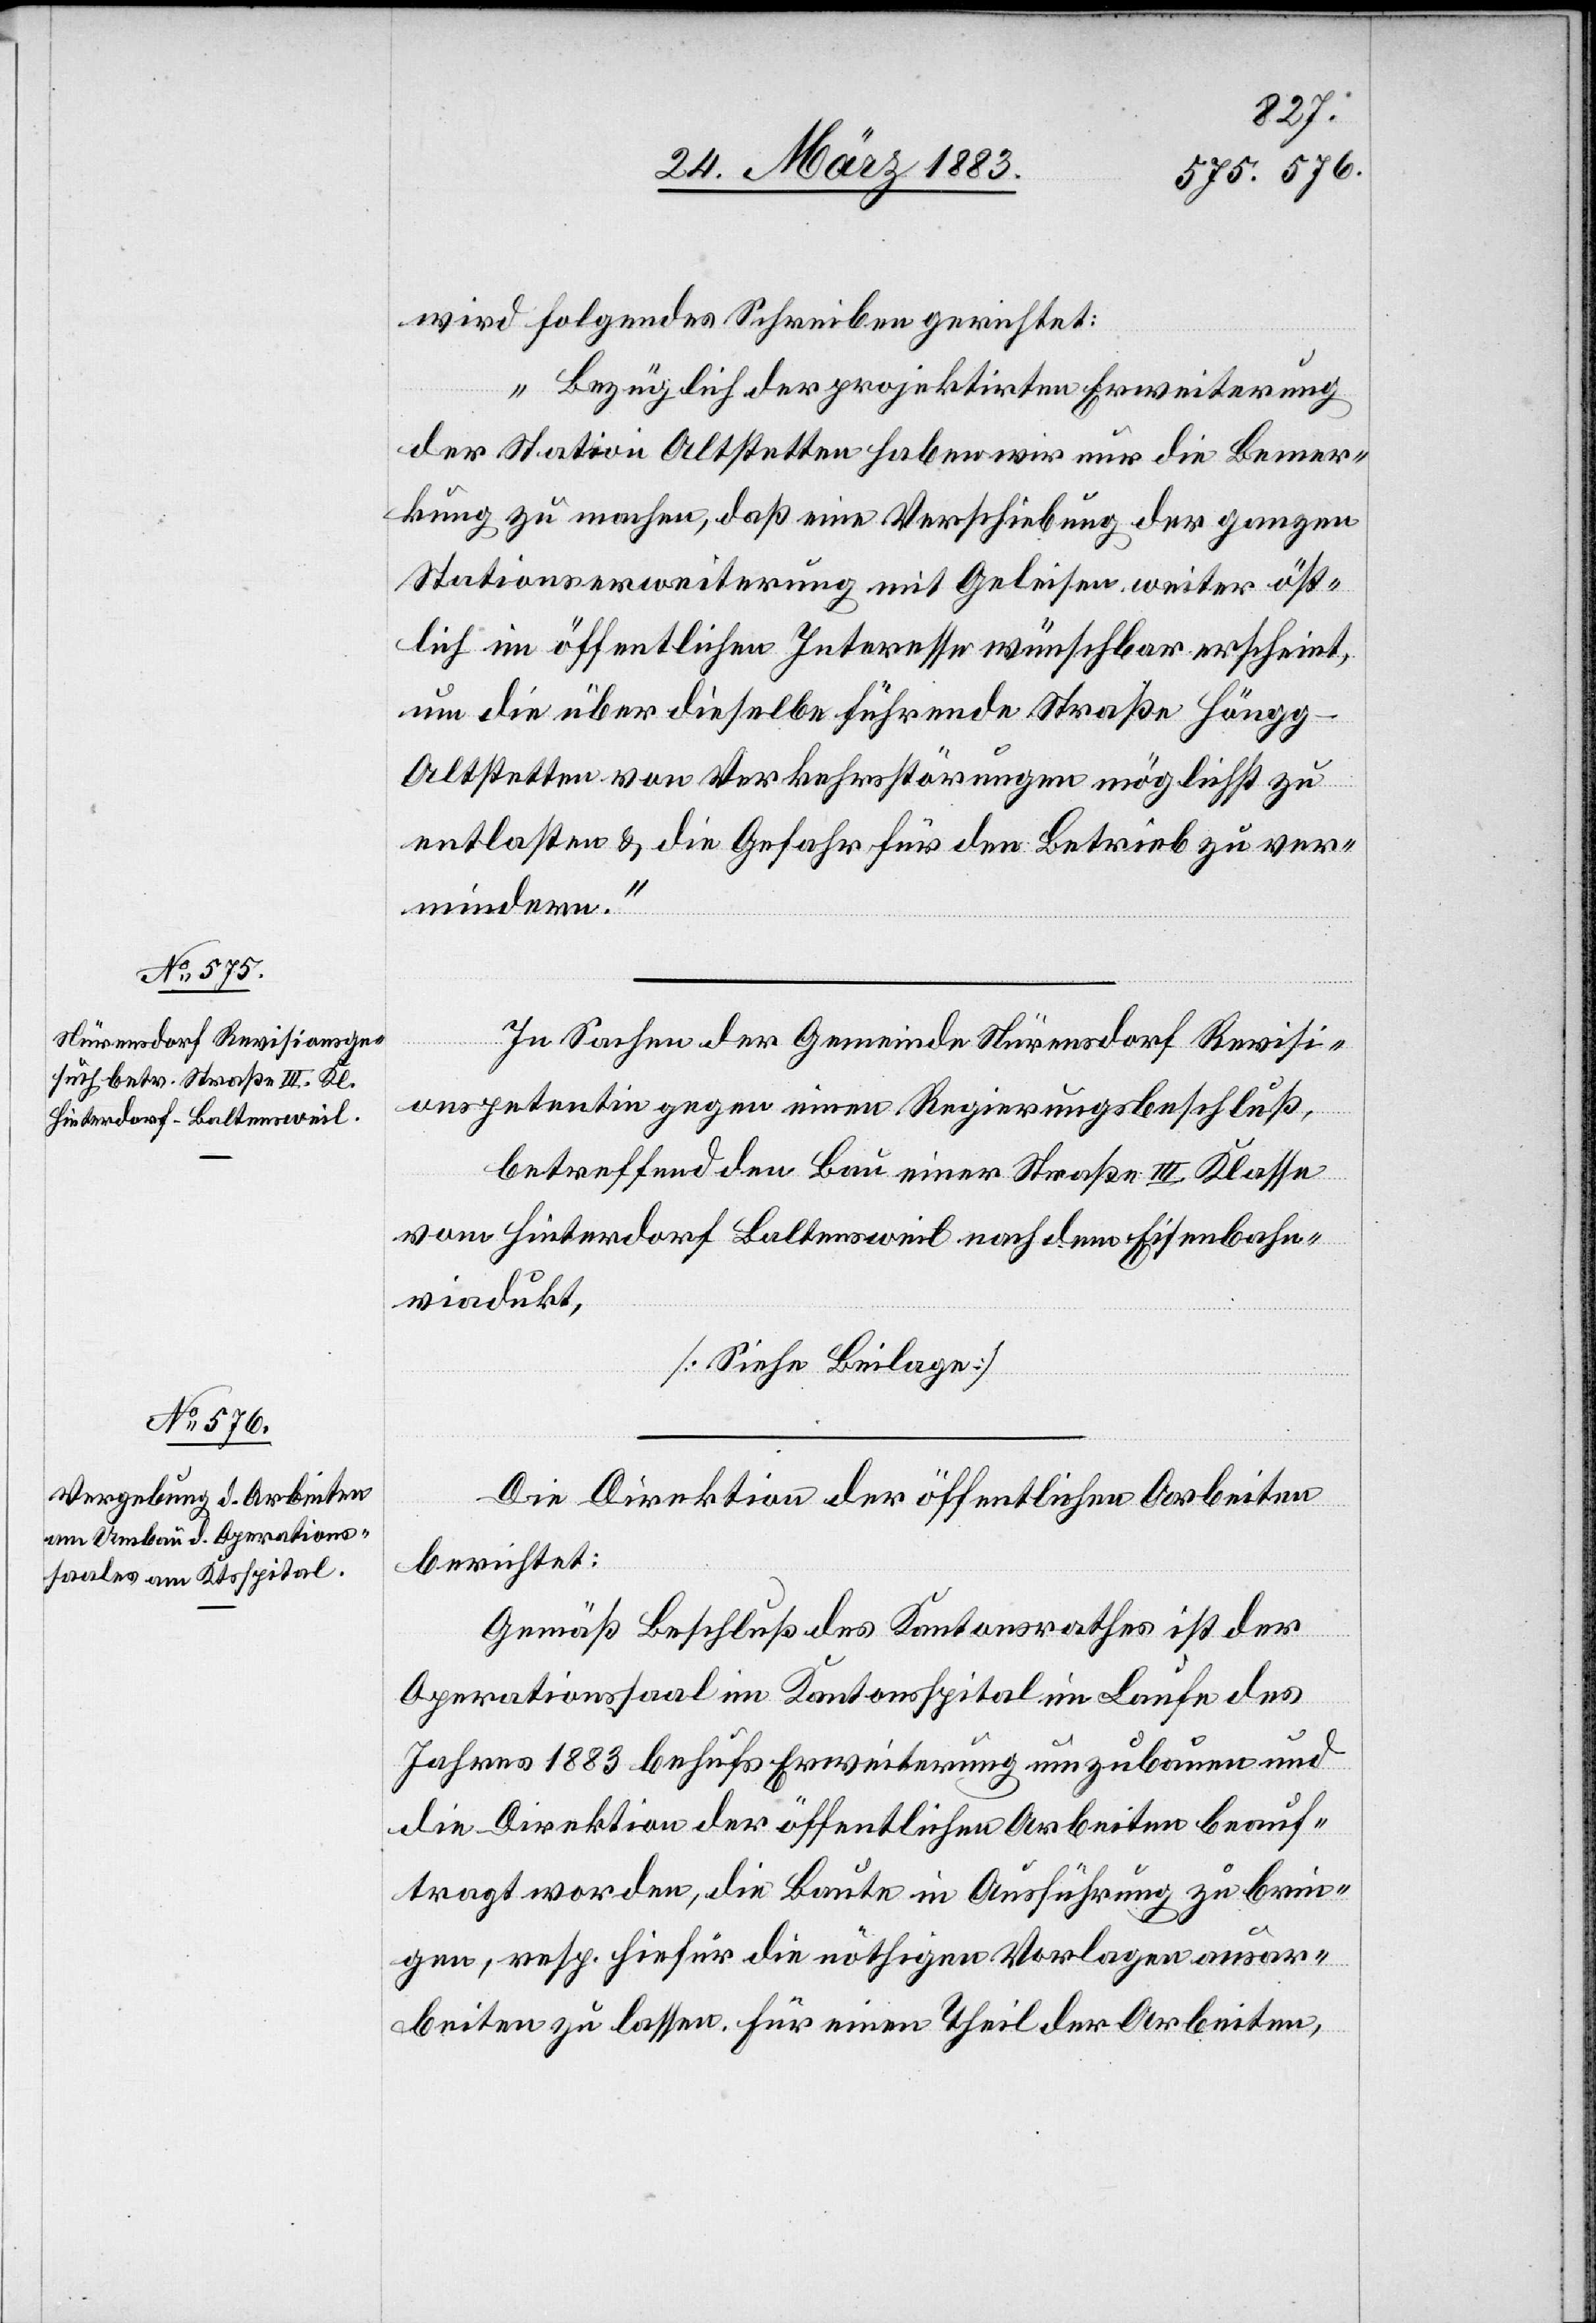
wird folgendes Schreiben gerichtet:
„Bezüglich der projektirten Erweiterung
der Station Altstetten haben wir nur die Bemer¬
kung zu machen, daß eine Verschiebung der ganzen
Stationserweiterung mit Geleisen weiter öst¬
lich im öffentlichen Interesse wünschbar erscheint,
um die über dieselbe führende Straße Höng–A¬
ltstetten von Verkehrsstörungen möglichst zu
entlasten & die Gefahr für den Betrieb zu ver¬
mindern.“
Die Direktion der öffentlichen Arbeiten
berichtet:
Gemäß Beschluß des Kantonsrathes ist der
Operationssaal im Kantonsspital im Laufe des
Jahres 1883 behufs Erweiterung umzubauen und
die Direktion der öffentlichen Arbeiten beauf¬
tragt worden, die Baute in Ausführung zu brin¬
gen, resp. hiefür die nöthigen Vorlagen ausar¬
beiten zu lassen. Für einen Theil der Arbeiten,